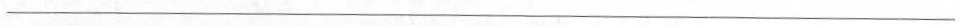
___